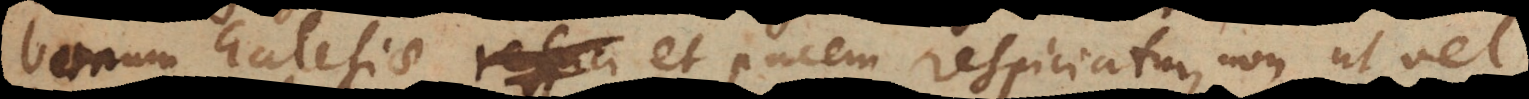
bonum Ecclesiae et pacem respiciatur, non ut vel